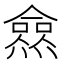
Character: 𰟩